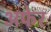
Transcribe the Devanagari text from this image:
अफेर